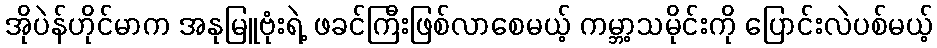
အိုပဲန်ဟိုင်မာက အနုမြူဗုံးရဲ့ ဖခင်ကြီးဖြစ်လာစေမယ့် ကမ္ဘာ့သမိုင်းကို ပြောင်းလဲပစ်မယ့်